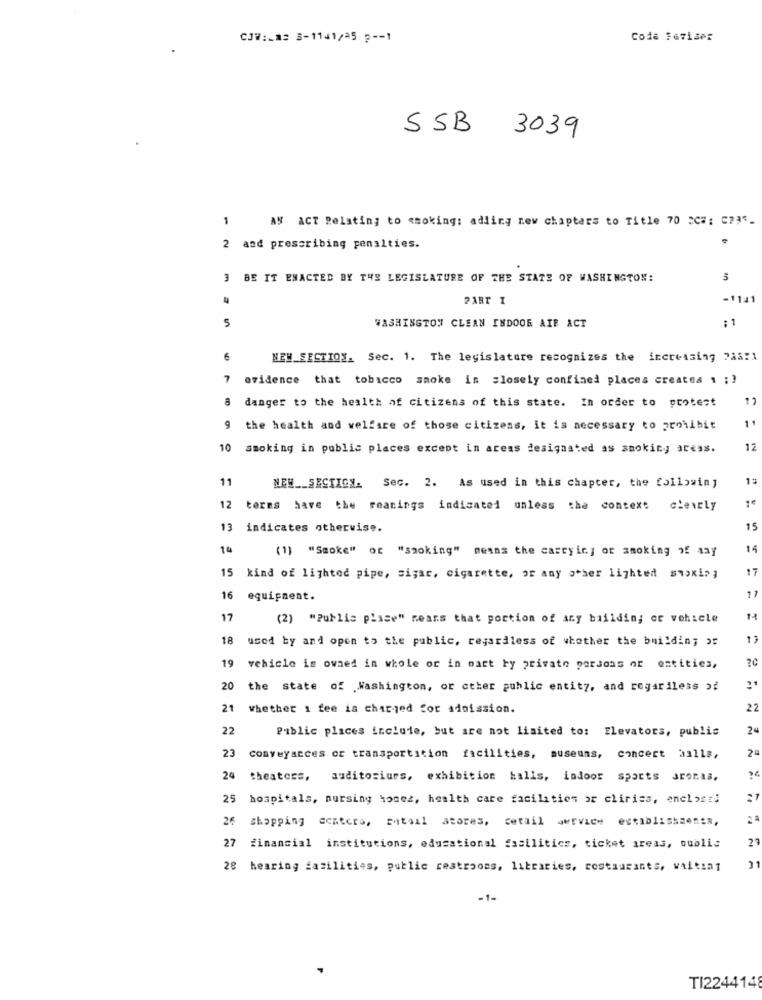
CJV: #= 3-1141/25 p -- 1
Code Feriaer
SSB 3039
1
AN ACT Relating to smoking: adling new chapters to Title 70 2C#: C73.
2 and prescribing penalties.
BE IT ENACTED BY THE LEGISLATURE OF THE STATE OF WASHINGTON:
PART I
-11:1
5
: 1
WASHINGTON CLEAN INDOOR AIR ACT
NEW_SECTION. Sec. 1. The legislature recognizes the increasing 2aa!1
7
evidence that tobacco smoke in closely confined places creates 1 ; ?
danger to the health of citizens of this state. In order to protest
11
9
the health and welfare of those citizens, it is necessary to prohibit
10
smoking in public places except in areas designated as smoking areas.
12
11
NEW __ SECTION. Sec. 2. As used in this chapter, the following
12
terms have the reanings indicated unless the context
clearly
13
indicates otherwise.
15
14
(1] "Smoke" or "smoking" means the carryin; or smoking of say
15
17
15 kind of lighted pipe, sigar, cigarette, or any other lighted ShoKin;
17
16
equipment.
17
(2) "Public piase" means that portion of ary baildin; or vehicle
18
used by and open to the public, regardless of whether the building or
19
vehicle is owned in whole or in part by private persons or entities,
31
20
the state of Washington, or other public entity, and regardless of
21 whether 1 fee is charged for admission.
22
22
Public places include, but are not limited to: Elevators, public
24
24
23
conveyacces or transportation facilities, museums, concert halls,
"4
24 theaters, auditoriurs, exhibition halls, indoor sports arenas,
25
hospitals, nursing homes, health care facilities or cliries, enclosed
21
26
shopping ccaters, ritaal atores, cetail service establishments,
27
22
financial institutions, educational fsailitics, ticket areas, oublis
28
hearing facilities, public restrooms, libraries, restaurants, waiting
21
-1-
TI2244148